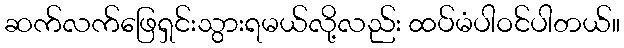
ဆက်လက်ဖြေရှင်းသွားရမယ်လို့လည်း ထပ်မံပါဝင်ပါတယ်။